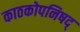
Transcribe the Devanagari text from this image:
काठकोपनिषद्